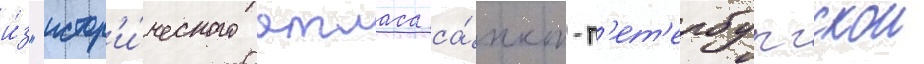
и́з "истор'и́ческого атласа са́нкт-п'ет'ербургскои